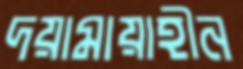
দয়ামায়াহীন